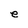
Character: e